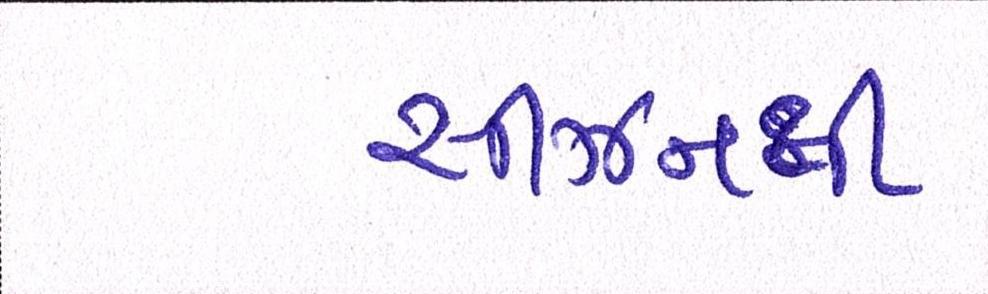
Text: સીઝનથી